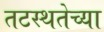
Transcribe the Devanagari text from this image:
तटस्थतेच्या